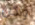
ولكن